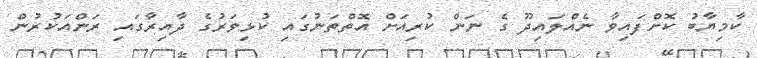
ކާމިޔާބު ކޮށްފައިވާ ނެއްލައިދޫ ގެ ނަން ކުރިއަށް އޮތްތަނުގައި ކުޅިވަރުގެ ދާއިރާގައި ރަންއަކުރުން